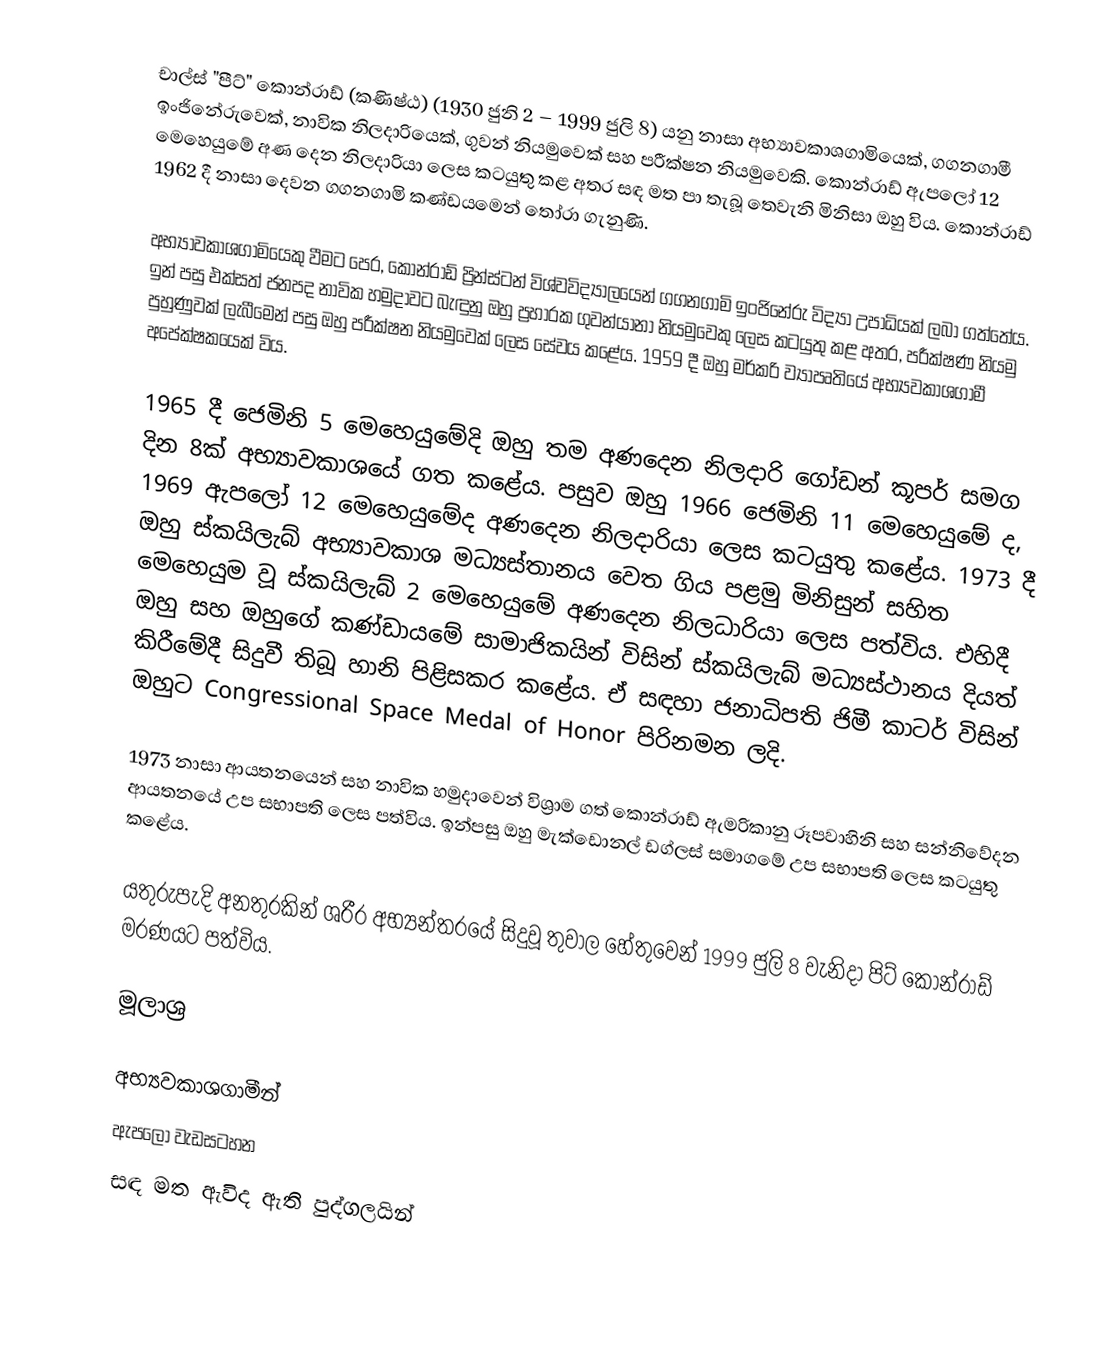
චාල්ස් "පීට්" කොන්රාඩ් (කණිෂ්ඨ) (1930 ජුනි 2 – 1999 ජුලි 8) යනු නාසා අභ්‍යාවකාශගාමියෙක්, ගගනගාමී ඉංජිනේරුවෙක්, නාවික නිලදාරියෙක්, ගුවන් නියමුවෙක් සහ පරීක්ෂන නියමුවෙකි. කොන්රාඩ් ඇපලෝ 12 මෙහෙයුමේ අණ දෙන නිලදාරියා ලෙස කටයුතු කළ අතර සඳ මත පා තැබූ තෙවැනි මිනිසා ඔහු විය. කොන්රාඩ් 1962 දී නාසා දෙවන ගගනගාමි කණ්ඩයමෙන් තෝරා ගැනුණි.

අභ්‍යාවකාශගාමියෙකු වීමට පෙර, කොන්රාඩ් ප්‍රින්ස්ටන් විශ්වවිද්‍යාලයෙන් ගගනගාමි ඉංජිනේරු විද්‍යා උපාධියක් ලබා ගත්තේය. ඉන් පසු එක්සත් ජනපද නාවික හමුදාවට බැඳුනු ඔහු ප්‍රහාරක ගුවන්යානා නියමුවෙකු ලෙස කටයුතු කළ අතර, පරීක්ෂණ නියමු පුහුණුවක් ලැබීමෙන් පසු ඔහු පරීක්ෂන නියමුවෙක් ලෙස සේවය කළේය. 1959 දී ඔහු මර්කරි ව්‍යාපෘතියේ අභ්‍යවකාශගාමී අපේක්ෂකයෙක් විය.

1965 දී ජෙමිනි 5 මෙහෙයුමේදි ඔහු තම අණදෙන නිලදාරි ගෝඩන් කූපර් සමග දින 8ක් අභ්‍යාවකාශයේ ගත කළේය. පසුව ඔහු 1966 ජෙමිනි 11 මෙහෙයුමේ ද, 1969 ඇපලෝ 12 මෙහෙයුමේද අණදෙන නිලදාරියා ලෙස කටයුතු කළේය. 1973 දී ඔහු ස්කයිලැබ් අභ්‍යාවකාශ මධ්‍යස්තානය වෙත ගිය පළමු මිනිසුන් සහිත මෙහෙයුම වූ ස්කයිලැබ් 2 මෙහෙයුමේ අණදෙන නිලධාරියා ලෙස පත්විය. එහිදී ඔහු සහ ඔහුගේ කණ්ඩායමේ සාමාජිකයින් විසින් ස්කයිලැබ් මධ්‍යස්ථානය දියත් කිරීමේදී සිදුවී තිබූ හානි පිළිසකර කළේය. ඒ සඳහා ජනාධිපති ජිමී කාටර් විසින් ඔහුට Congressional Space Medal of Honor පිරිනමන ලදි.

1973 නාසා ආයතනයෙන් සහ නාවික හමුදාවෙන් විශ්‍රාම ගත් කොන්රාඩ් ඇමරිකානු රූපවාහිනි සහ සන්නිවේදන ආයතනයේ උප සභාපති ලෙස පත්විය. ඉන්පසු ඔහු මැක්ඩොනල් ඩග්ලස් සමාගමේ උප සභාපති ලෙස කටයුතු කළේය.

යතුරුපැදි අනතුරකින් ශරීර අභ්‍යන්තරයේ සිදුවූ තුවාල හේතුවෙන් 1999 ජුලි 8 වැනිදා පිට් කොන්රාඩ් මරණයට පත්විය.

මූලාශ්‍ර

අභ්‍යවකාශගාමීන්
ඇපලෝ වැඩසටහන
සඳ මත ඇවිද ඇති පුද්ගලයින්